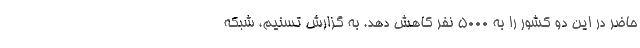
حاضر در این دو کشور را به ۵۰۰۰ نفر کاهش دهد. به گزارش تسنیم، شبکه